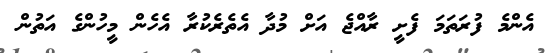
އެންމެ ފުރަތަމަ ފެށީ ރާއްޖެ އަށް މުދާ އެތެރެކުރާ އެހެން މީހުންގެ އަތުން